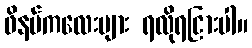
ဖိနပ်ကလေးများ ရလိုရငြားပါ။